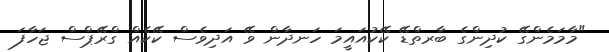
"މާމަމެންގޭ ކުދިންގެ ބާރތްޑޭ ކޭކުއައީމަ ހަނދާން ވޭ އަދިވެސް ކޭކެއް ގްރޭޕްސް ޖަހާފަ